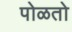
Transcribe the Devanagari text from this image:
पोळतो